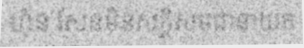
ហ៊ុន សែនមិនសក្តិសមជានាយក